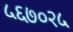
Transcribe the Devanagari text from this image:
५६७०२५